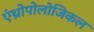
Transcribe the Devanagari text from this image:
एंथ्रोपोलोजिकल